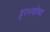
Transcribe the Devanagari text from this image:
हरभर्याच्या